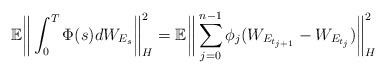
LaTeX: \begin{align*} \mathbb{E} \bigg\|\int_0^T \Phi(s)dW_{E_s}\bigg\|_H^2 = \mathbb{E}\bigg\|\sum_{j=0}^{n-1}\phi_j(W_{E_{t_{j+1}}}-W_{E_{t_j}})\bigg\|_H^2\end{align*}